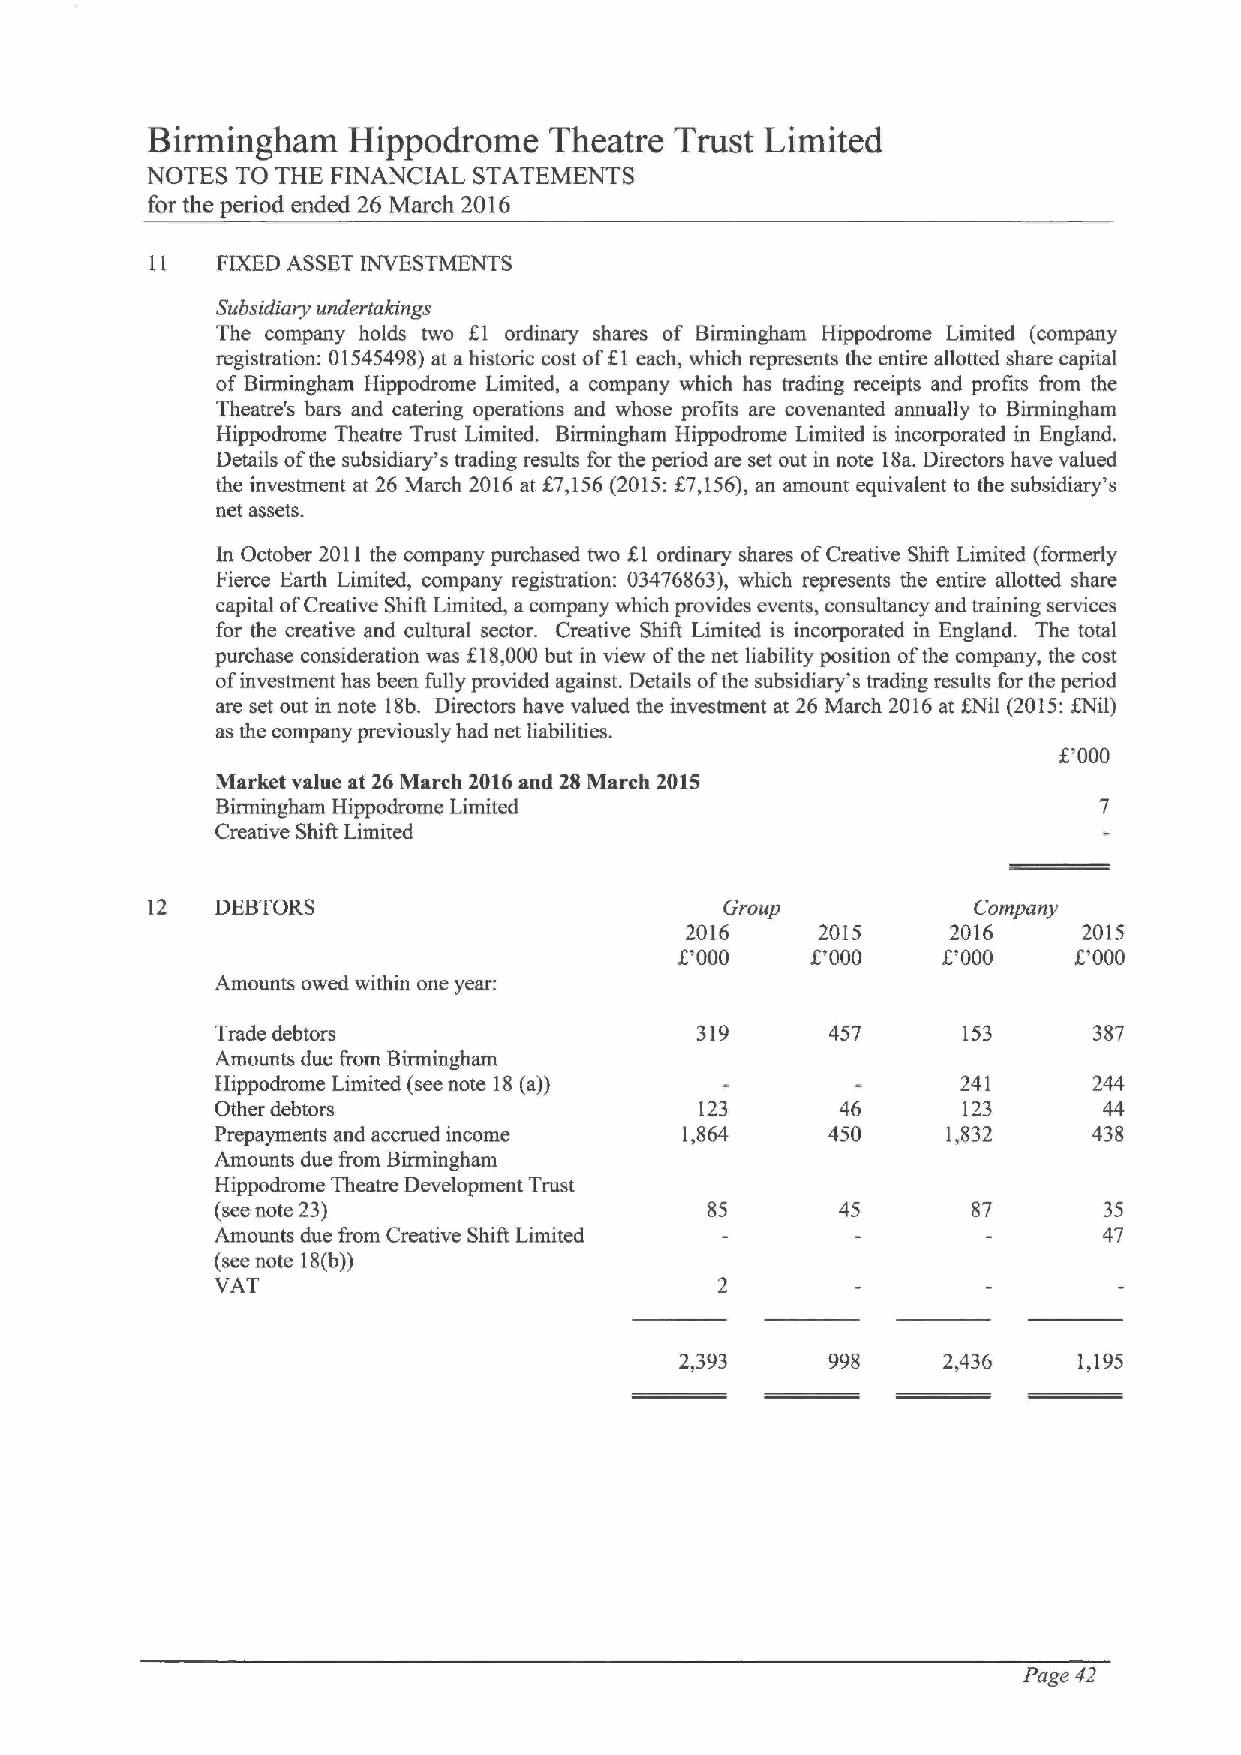
Birmingham   Hippodrome   Theatre  Trust Limited
 NOTES TO THE FINANCIAL STATEMENTS
 for the period ended 26 March 2016
 FIXEDASSET INVESTMENTS
 Subsidiary undertakings
 The company holds two Kl ordinary shares of Birmingham Hippodrome Limited (company
 registration: 01545498)at ahistoric cost ofKl each, which represents the entire allotted share capital
 of Birmingham Hippodrome Limited, a company which has trading receipts and profits from the
 Theatre's bars and catering operations and whose profits are covenanted annually to Birmingham
 Hippodrome Theatre Trust Limited. Birmingham Hippodrome Limited is incorporated in England.
 Details ofthe subsidiary's trading results for the period are set out in note Iga. Directors have valued
 the investment at 26 March 2016at $7,156(2015:K7,156),an amount equivalent to the subsidiary's
 net assets.
 In October 2011 the company purchased two f.I ordinary shares ofCreative ShiA Limited (formerly
 Fierce Earth Limited, company registration: 03476863), which represents the entire allotted share
 capital ofCreative ShiA Limited, a company which provides events, consultancy and training services
 for the creative and cultural sector. Creative ShiA Limited is incorporated in England. The total
 f
 purchase consideration was I8,000but in view ofthe net liability position ofthe company, the cost
 ofinvestment has been fully provided against. Details ofthe subsidiary's trading results for the period
 are set out in note 18b. Directors have valued the investment at 26 March 2016at KNil (2015:KNil)
 as the company previously had net liabilities.
 t'000
 Market value at 26 March 2016and 28 March 2015
 Birmingham Hippodrome Limited
 Creative ShiA Limited
 12  DEBTORS                           Group           Company
 2016     2015     2016     2015
 t'000
 OOOO    OOOO
 f.'000
 Amounts owed within one year:
 Trade debtors                   319      457      153     387
 Amounts due from Birmingham
 Hippodmme Limited (seenote 18(a))                 241     244
 Other debtors                   123       46      123      44
 Prepayments and accrued income 1,864     450     1,832    438
 Amounts due from Birmingham
 Hippodrome Theatre Development Trust
 (seenote 23)                              45      87       35
 Amounts due from Creative Shift Limited                    47
 (seenote 18(b))
 VAT
 2,393     998    2,436    1,195
 Page 42